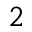
^ 2